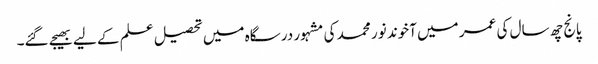
پانج چھ سال کی عمر میں آخوند نور محمد کی مشہور درسگاہ میں تحصیل علم کے لیے بھیجے گئے۔